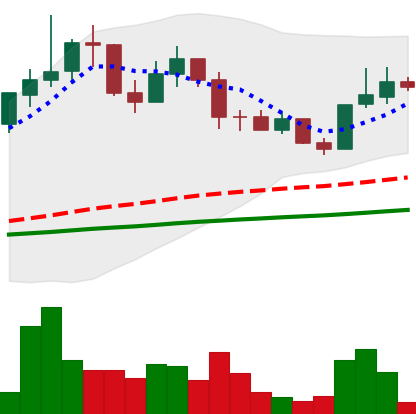
Ticker: LINK-USD
Chart end date: 2019-06-08
Forward return: 60.323%
Label: up_7plus